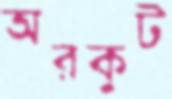
অরকুট